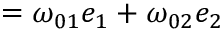
{ \bf \omega } = \omega _ { 0 1 } e _ { 1 } + \omega _ { 0 2 } e _ { 2 }